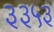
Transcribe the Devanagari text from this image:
३३५३